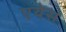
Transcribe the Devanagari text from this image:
एयेस